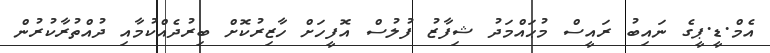
އެމް.ޑީ.ޕީގެ ނައިބު ރައީސް މުޙައްމަދު ޝިފާޒު ފުލުސް އޮފީހަށް ހާޒިރުކޮށް ބިރުދެއްކުމާއި ދުއްތުރާކުރުން